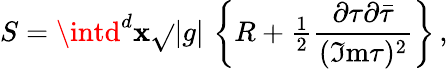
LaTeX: S=\intd^{d}\mathbf{x}\sqrt{}{{|g|}}\, \left\{ R+{\textstyle\frac{{1}}{{2}}}\frac{{\partial\tau\partial\bar{{\tau}}}}{{(\Im\mathrm{{m}}\tau)^{2}}}\right\} \, ,